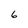
Character: 6